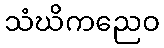
သံဃိကညေဝ